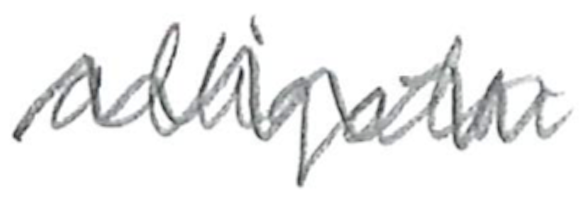
Text: alligator
Cross-out: zig-zag
Writing tool: pencil